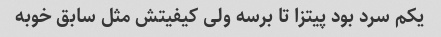
یکم سرد بود پیتزا تا برسه ولی کیفیتش مثل سابق خوبه